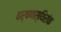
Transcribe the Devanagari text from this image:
धर्षणस्थिरांक